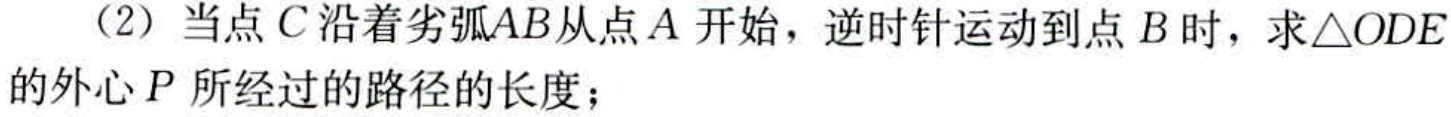
（2）当点\(C\)沿着劣弧\(AB\)从点\(A\)开始，逆时针运动到点\(B\)时，求\(\triangle ODE\)的外心\(P\)所经过的路径的长度；